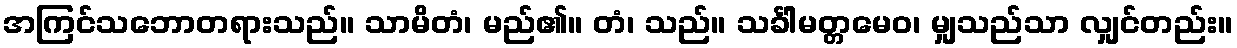
အကြင်သဘောတရားသည်။ သာမိတံ၊ မည်၏။ တံ၊ သည်။ သင်္ခါမတ္တမေဝ၊ မျှသည်သာ လျှင်တည်း။